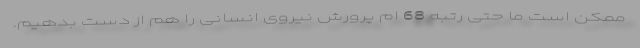
ممكن است ما حتی رتبه 68 ام پرورش نیروی انسانی را هم از دست بدهیم.